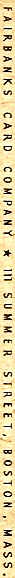
FAIRBANKS CARD COMPANY * lll SUMMER STREET, BOSTON, MASS.